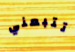
تتبعني